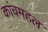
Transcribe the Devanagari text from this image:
कांचमहल